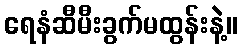
ရေနံဆီမီးခွက်မထွန်းနဲ့။